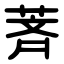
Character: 萕